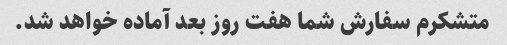
متشکرم سفارش شما هفت روز بعد آماده خواهد شد.